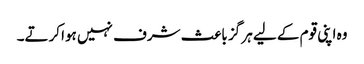
وہ اپنی قوم کے لیے ہر گز باعث شرف نہیں ہوا کرتے۔